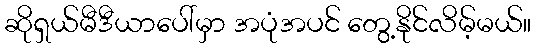
ဆိုရှယ်မီဒီယာပေါ်မှာ အပုံအပင် တွေ့နိုင်လိမ့်မယ်။